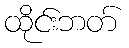
ထိုင်းဘတ်